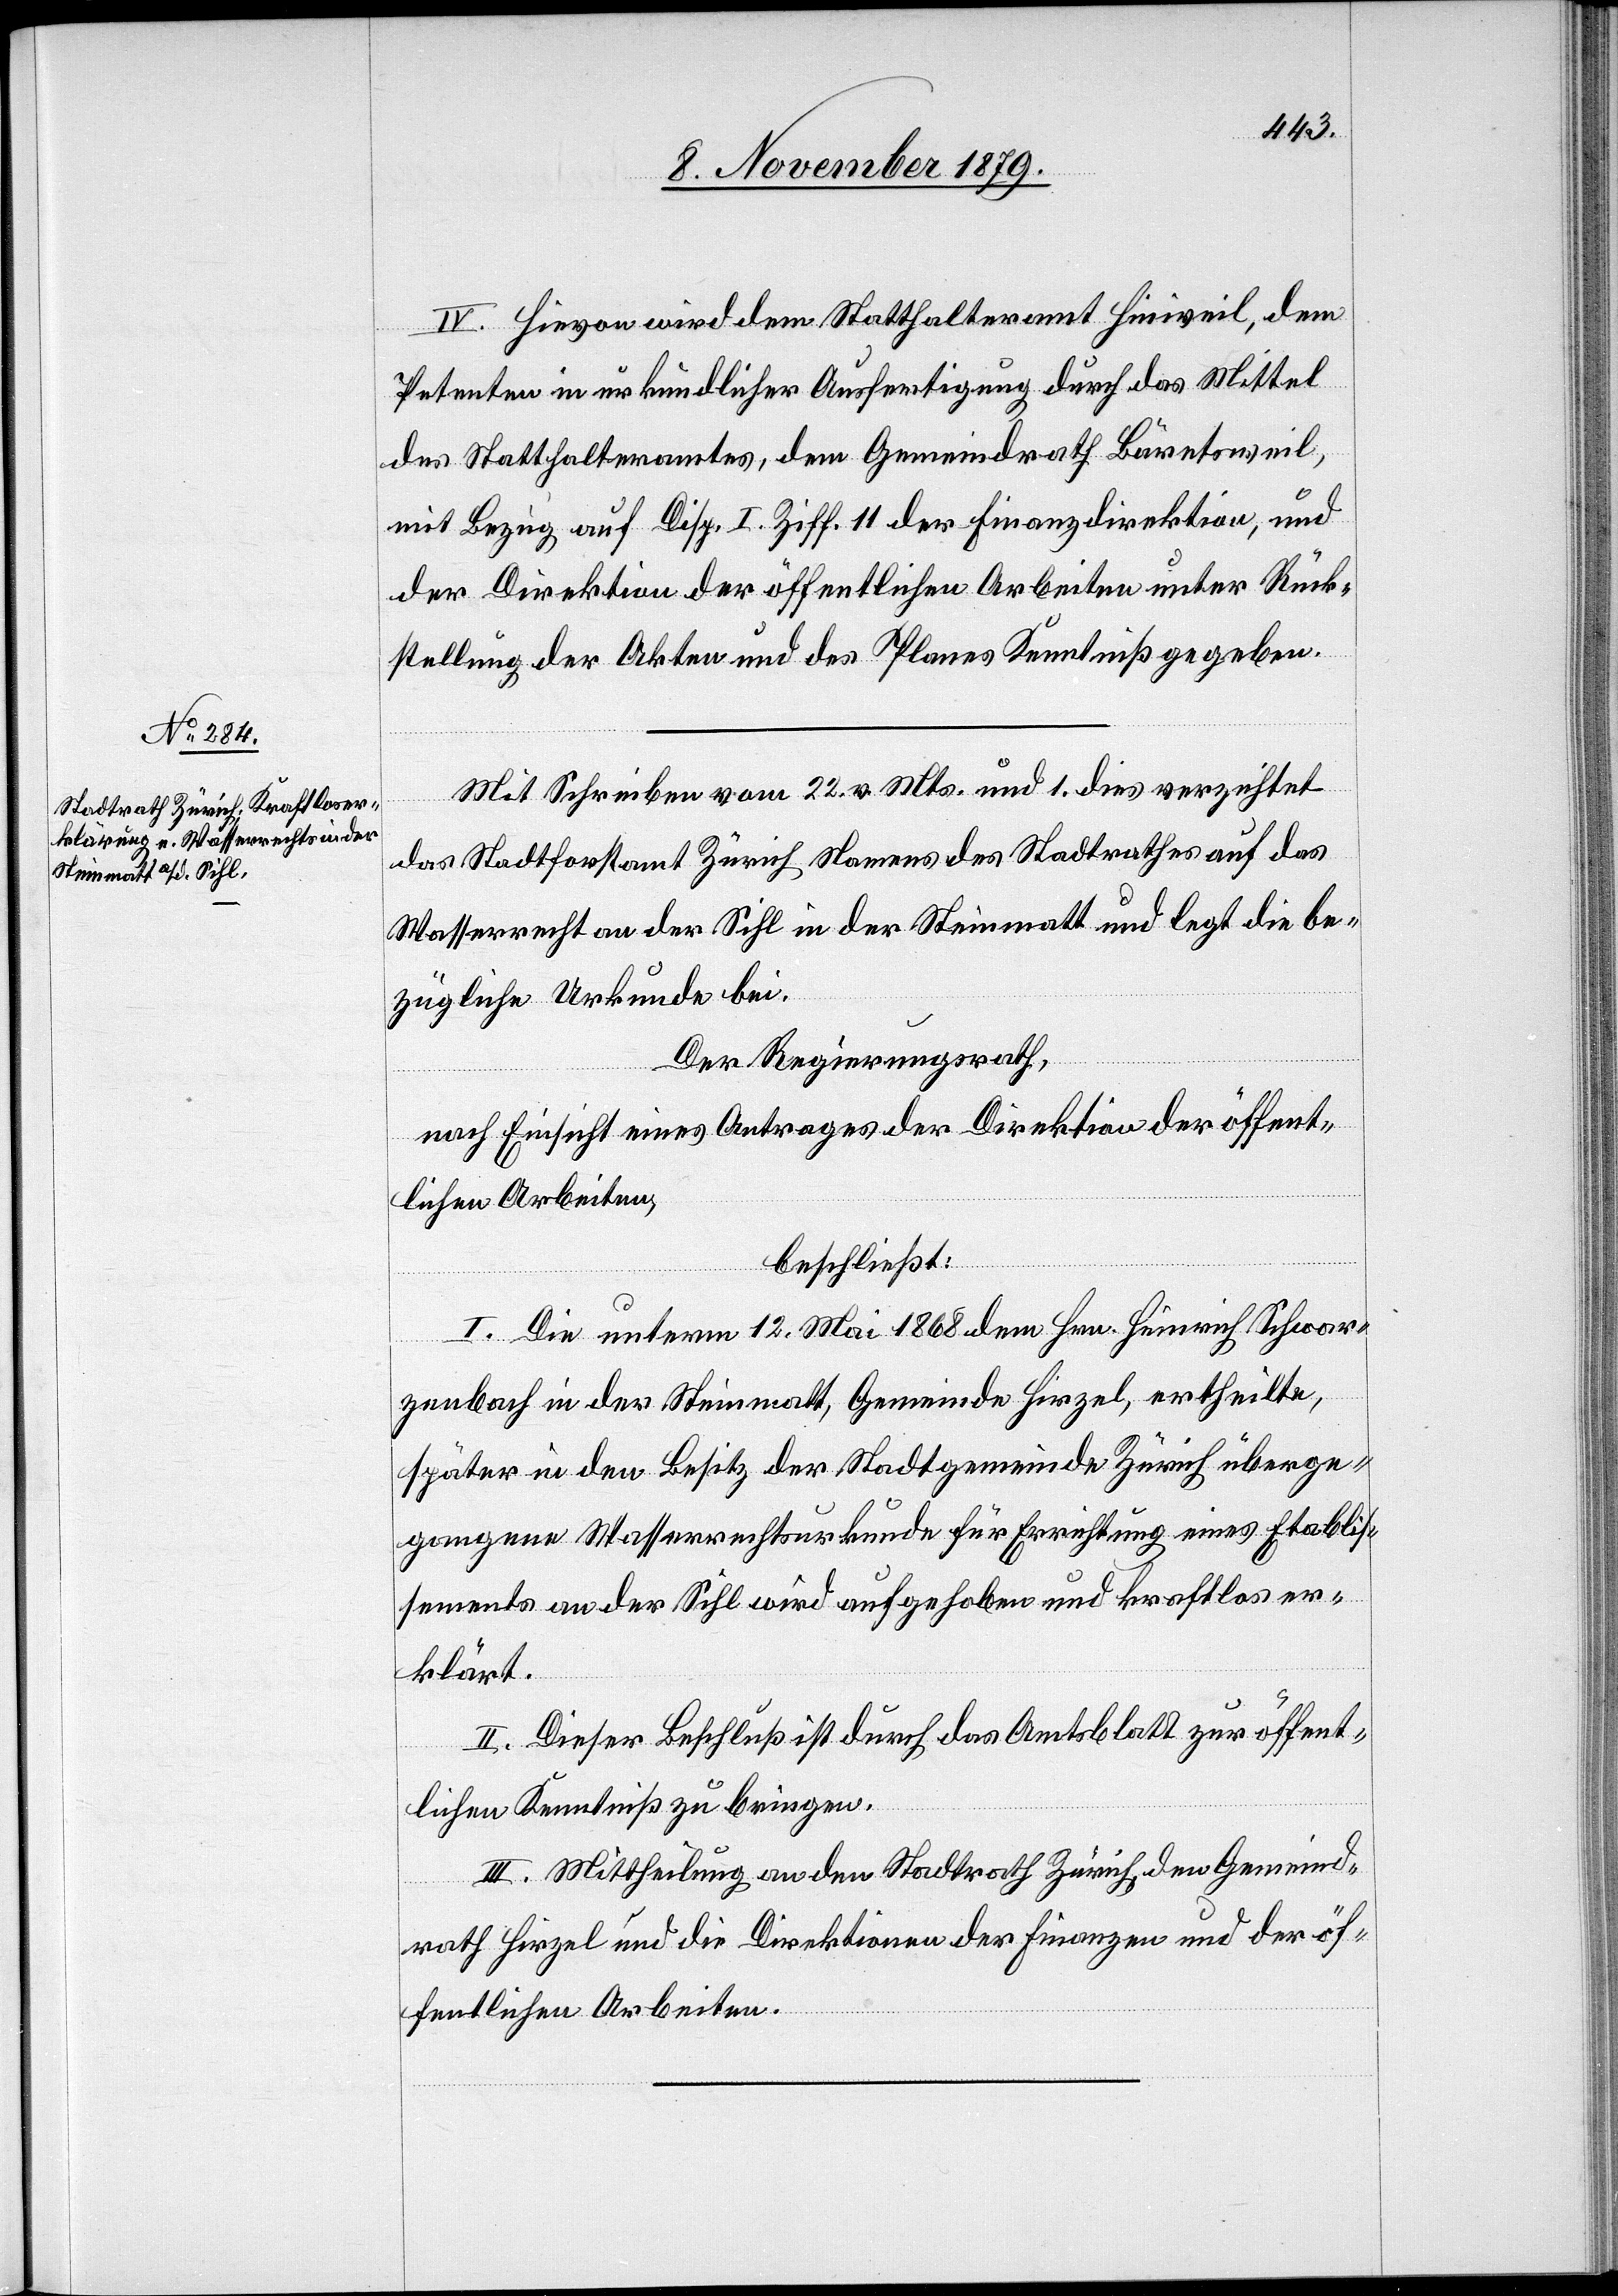
IV. Hievon wird dem Statthalteramt Hinweil, dem
Petenten in urkundlicher Ausfertigung durch das Mittel
des Statthalteramtes, dem Gemeindrath Bäretsweil,
mit Bezug auf Disp. I. Ziff. 11 der Finanzdirektion, und
der Direktion der öffentlichen Arbeiten unter Rück¬
stellung der Akten und des Planes Kenntniß gegeben.
Mit Schreiben vom 22. v. Mts. und 1. dies verzichtet
das Stadtforstamt Zürich Namens des Stadtrathes auf das
Wasserrecht an der Sihl in der Steinmatt und legt die be¬
zügliche Urkunde bei.
Der Regierungsrath,
nach Einsicht eines Antrages der Direktion der öffent¬
lichen Arbeiten,
beschließt:
I. Die unterm 12. Mai 1868 dem Hrn. Heinrich Schwar¬
zenbach in der Steinmatt, Gemeinde Hirzel, ertheilte,
später in den Besitz der Stadtgemeinde Zürich überge¬
gangene Wasserrechtsurkunde für Errichtung eines Etablis¬
sements an der Sihl wird aufgehoben und kraftlos er¬
klärt.
II. Dieser Beschluß ist durch das Amtsblatt zur öffent¬
lichen Kenntniß zu bringen.
III. Mittheilung an den Stadtrath Zürich, den Gemeind¬
rath Hirzel und die Direktionen der Finanzen und der öf¬
fentlichen Arbeiten.